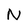
Character: N